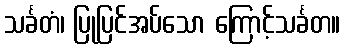
သင်္ခတံ၊ ပြုပြင်အပ်သော ကြောင့်သင်္ခတ။